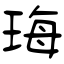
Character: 珻